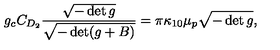
g _ { c } C _ { D _ { 2 } } \frac { \sqrt { - \det g } } { \sqrt { - \det ( g + B ) } } = \pi \kappa _ { 1 0 } \mu _ { p } \sqrt { - \det g } ,